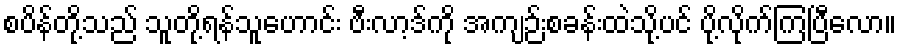
စပိန်တို့သည် သူတို့ရန်သူဟောင်း ဗီးလာ့ဒ်ကို အကျဉ်းစခန်းထဲသို့ပင် ပို့လိုက်ကြပြီလော။